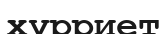
хүрриет